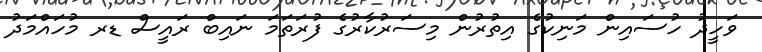
ވަހީދު ހުސައިން މަނިކުގެ އިތުރުން މިސަރުކާރުގެ ފުރަތަމަ ނައިބް ރައީސް ޑރ މުހައްމަދު